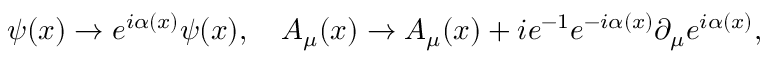
\psi ( x ) \to e ^ { i \alpha ( x ) } \psi ( x ) , \quad A _ { \mu } ( x ) \to A _ { \mu } ( x ) + i e ^ { - 1 } e ^ { - i \alpha ( x ) } \partial _ { \mu } e ^ { i \alpha ( x ) } ,